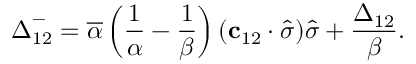
\boldsymbol { \Delta } _ { 1 2 } ^ { - } = \overline { { \alpha } } \left( \frac { 1 } { \alpha } - \frac { 1 } { \beta } \right) ( \mathbf { c } _ { 1 2 } \cdot \widehat { \boldsymbol { \sigma } } ) \widehat { \boldsymbol { \sigma } } + \frac { \boldsymbol { \Delta } _ { 1 2 } } { \beta } .